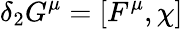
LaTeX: \delta_{2}G^{\mu}=[F^{\mu},\chi]